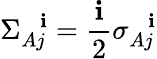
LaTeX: \Sigma_{Aj}^{\, \, \, \, \mathbf{i}}=\frac{{\mathbf{i}}}{{2}}\sigma_{Aj}^{\, \, \, \, \mathbf{i}}